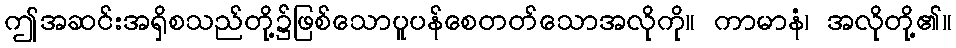
ဤအဆင်းအရှိစသည်တို့၌ဖြစ်သောပူပန်စေတတ်သောအလိုကို။ ကာမာနံ၊ အလိုတို့၏။